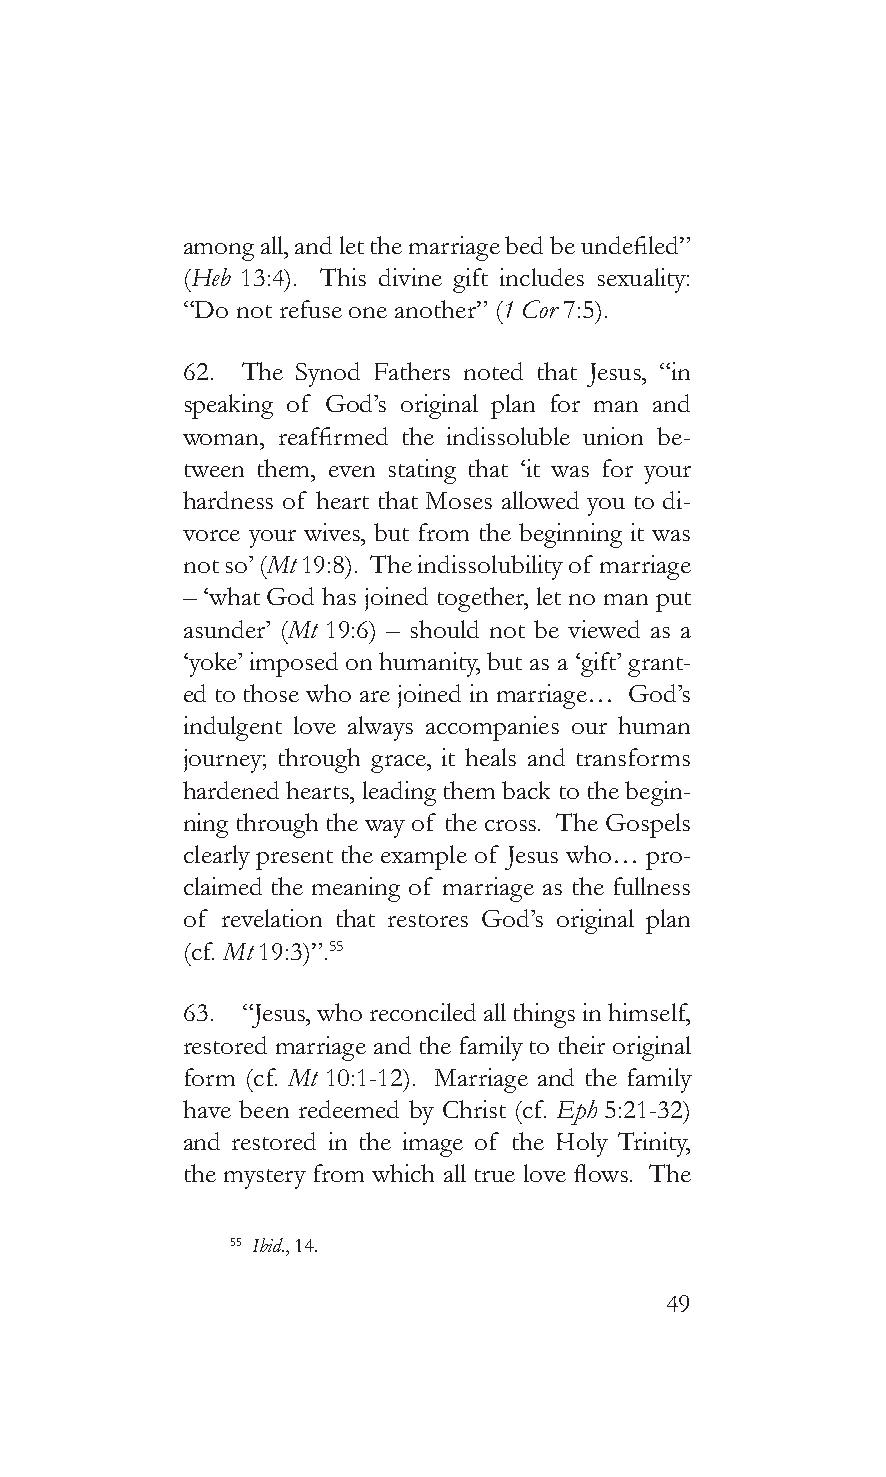
among all, and let the marriage bed be undefiled”
 (Heb 13:4). This divine gift includes sexuality:
 “Do not refuse one another” (1 Cor 7:5).
 62. The Synod Fathers noted that Jesus, “in
 speaking of God’s original plan for man and
 woman, reaffirmed the indissoluble union be-
 tween them, even stating that ‘it was for your
 hardness of heart that Moses allowed you to di-
 vorce your wives, but from the beginning it was
 not so’ (Mt 19:8). The indissolubility of marriage
 – ‘what God has joined together, let no man put
 asunder’ (Mt 19:6) – should not be viewed as a
 ‘yoke’ imposed on humanity, but as a ‘gift’ grant-
 ed to those who are joined in marriage… God’s
 indulgent love always accompanies our human
 journey; through grace, it heals and transforms
 hardened hearts, leading them back to the begin-
 ning through the way of the cross. The Gospels
 clearly present the example of Jesus who… pro-
 claimed the meaning of marriage as the fullness
 of revelation that restores God’s original plan
 (cf. Mt 19:3)”.55
 63. “Jesus, who reconciled all things in himself,
 restored marriage and the family to their original
 form (cf. Mt 10:1-12). Marriage and the family
 have been redeemed by Christ (cf. Eph 5:21-32)
 and restored in the image of the Holy Trinity,
 the mystery from which all true love flows. The
 55 Ibid., 14.
 49